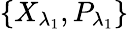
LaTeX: \left\{ {{X}_{{\lambda}_{1}}},{{P}_{{\lambda}_{1}}}\right\}